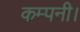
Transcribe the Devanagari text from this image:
कम्पनी।